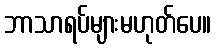
ဘာသာရပ်များမဟုတ်ပေ။